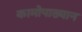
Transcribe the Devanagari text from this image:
कामोपाख्यान